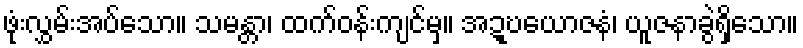
ဖုံးလွှမ်းအပ်သော။ သမန္တာ၊ ထက်ဝန်းကျင်မှ။ အဍ္ဎယောဇနံ၊ ယူဇနာခွဲရှိသော။